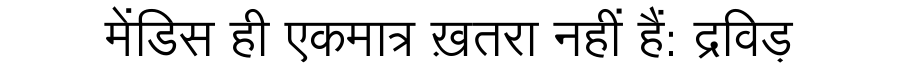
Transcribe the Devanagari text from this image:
मेंडिस ही एकमात्र ख़तरा नहीं हैं: द्रविड़